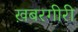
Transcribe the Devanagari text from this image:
ख़बरगीरी